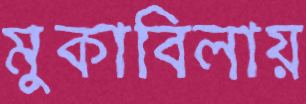
মুকাবিলায়